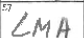
Transcription: LMA